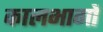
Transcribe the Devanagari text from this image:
कालभागों